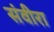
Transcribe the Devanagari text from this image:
संवीरा